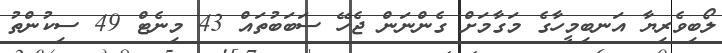
ލޯބިވެރިޔާ އަނބިމީހާގެ މަގާމަށް ގެންނަން ޖެހޭ ސަބަބުތައް 43 މިނެޓް 49 ސިކުންތު